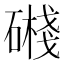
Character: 𥖔